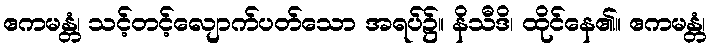
ဧကမန္တံ၊ သင့်တင့်လျောက်ပတ်သော အရပ်၌။ နိသီဒိ၊ ထိုင်နေ၏။ ဧကမန္တံ၊